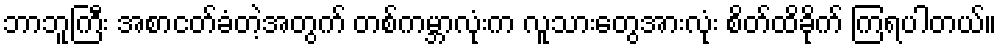
ဘာဘူကြီး အစာငတ်ခံတဲ့အတွက် တစ်ကမ္ဘာလုံးက လူသားတွေအားလုံး စိတ်ထိခိုက် ကြရပါတယ်။